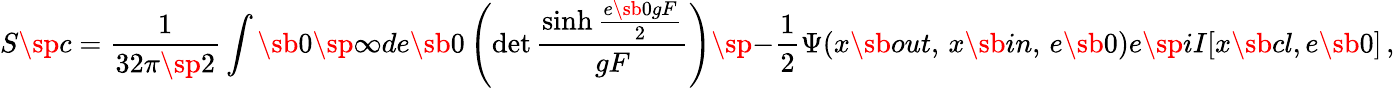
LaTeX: S\sp c={\frac{1}{32\pi\sp 2}}\int\sb 0\sp\infty de\sb 0\left(\operatorname*{det}\frac{\sinh\frac{e\sb 0gF}{2}}{gF}\right)\sp{-\frac{1}{2}}\Psi(x\sb{out},\, x\sb{in},\, e\sb 0)e\sp{{i}I\lbrack x\sb{cl},e\sb 0\rbrack}\, ,